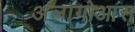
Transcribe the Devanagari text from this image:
अलागोआस